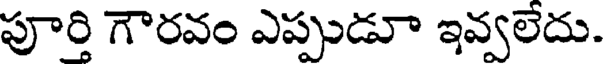
పూర్తి గౌరవం ఎప్పుడూ ఇవ్వలేదు.